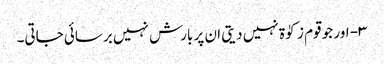
۳- اور جو قوم زکوٰۃ نہیں دیتی ان پر بارش نہیں برسائی جاتی۔